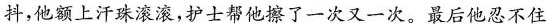
抖，他额上汗珠滚滚，护士帮他擦了一次又一次。最后他忍不住